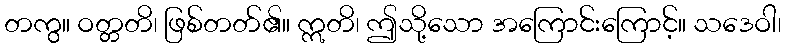
တကွ။ ဝတ္တတိ၊ ဖြစ်တတ်၏။ ဣတိ၊ ဤသို့သော အကြောင်းကြောင့်။ သဒေဝါ၊